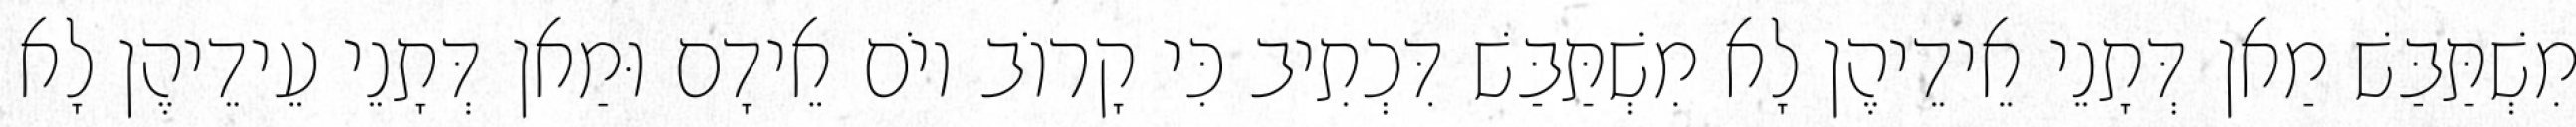
מִשְׁתַּבַּשׁ מַאן דְּתָנֵי אֵידֵיהֶן לָא מִשְׁתַּבַּשׁ דִּכְתִיב כִּי קָרוֹב יוֹם אֵידָם וּמַאן דְּתָנֵי עֵידֵיהֶן לָא